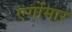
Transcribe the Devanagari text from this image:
एर्गोमार